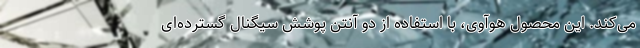
می‌کند. این محصول هوآوی، با استفاده از دو آنتن پوشش سیگنال گسترده‌ای